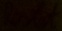
Text: Restet